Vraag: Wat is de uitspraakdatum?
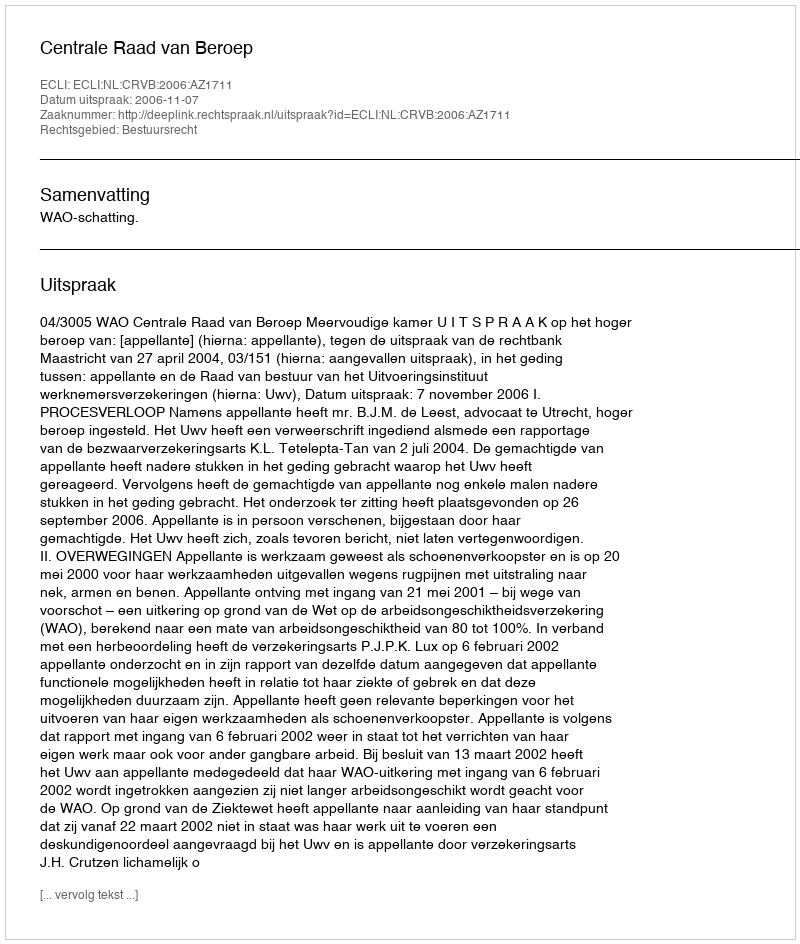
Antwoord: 2006-11-07